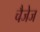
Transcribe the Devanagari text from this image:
चैजेज